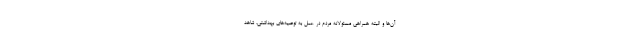
آن‌ها و البته همراهی مسئولانه مردم در عمل به توصیه‌های بهداشتی، شاهد